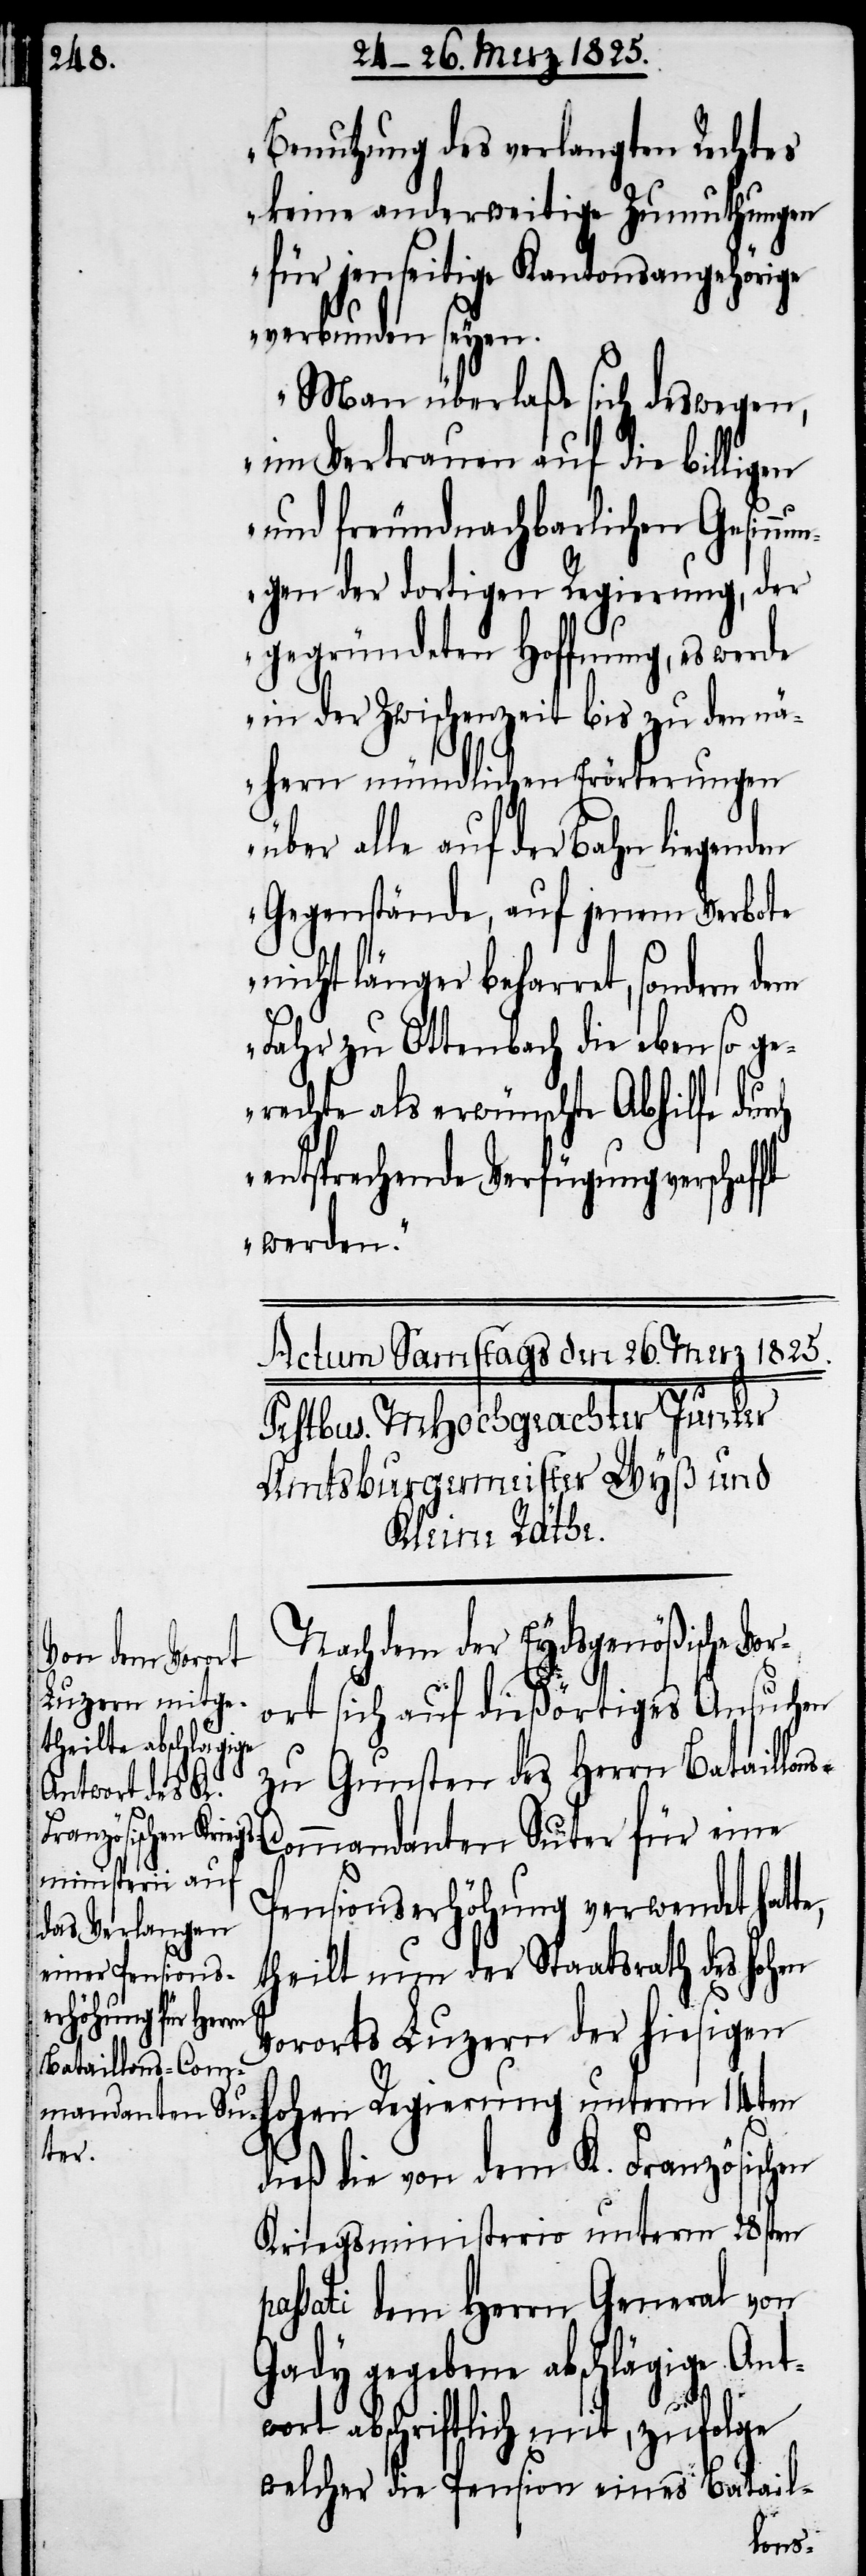
Benutzung des verlangten Rechtes
keine anderweitige Zumuthungen
für jenseitige Kantonsangehörige
verbunden seyen.
Man überlaße sich deswegen,
im Vertrauen auf die billigen
und freundnachbarlichen Gesinn¬
ungen der dortigen Regierung, der
gegründeten Hoffnung, es werde
in der Zwischenzeit bis zu den nä¬
hern mündlichen Erörterungen
über alle auf der Bahn liegenden
Gegenstände, auf jenem Verbote
nicht länger beharret, sondern
Fahr zu Ottenbach die eben so ge¬
rechte als erwünschte Abhilfe durch
entsprechende Verfügung verschaf¬
werden.“
Nachdem der Eydsgenößische Vor¬
te,
ort sich auf dießörtiges Ansuchen
zu Gunsten des Herrn Bataillon¬
ommandanten Suter für eine
Pensionserhöhung verwendet hat¬
theilt nun der Staatsrath des hohen
Vororts Luzern der hiesigen
hohen Regierung unterm 14ten
dieß die von dem K. Französischen
Kriegsministerio unterm 28sten
passati dem Herrn General von
Gady gegebene abschlägige Ant¬
wort abschriftlich mit, zufolge
welcher die Pension eines Batail-
s-C¬